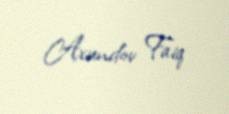
Axundov Faiq